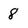
Character: 8